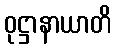
ဝုဋ္ဌာနာယာတိ